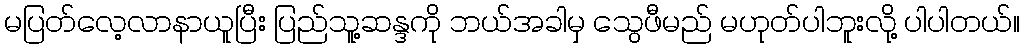
မပြတ်လေ့လာနာယူပြီး ပြည်သူ့ဆန္ဒကို ဘယ်အခါမှ သွေဖီမည် မဟုတ်ပါဘူးလို့ ပါပါတယ်။